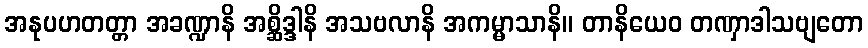
အနုပဟတတ္တာ အခဏ္ဍာနိ အစ္ဆိဒ္ဒါနိ အသဗလာနိ အကမ္မာသာနိ။ တာနိယေဝ တဏှာဒါသဗျတော